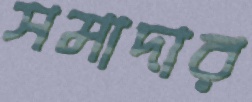
সমাদার